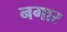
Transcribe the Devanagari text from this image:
नगार